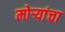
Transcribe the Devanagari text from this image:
मोर्‍यांचा